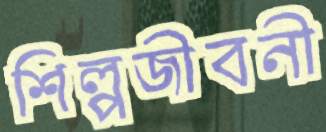
শিল্পজীবনী